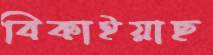
বিকাইয়াছ